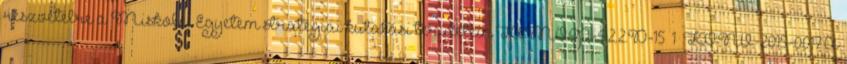
részvételre a Miskolci Egyetem stratégiai kutatási területein TÁMOP-4.2.2.D-15 1 KONV-2015-0017 A